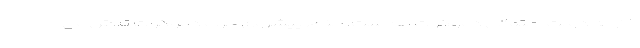
خارجه دولت احتمالی دموکرات ها است. جناح پیشروی حزب دموکرات تلاش می